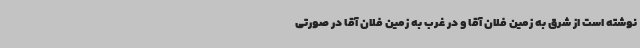
نوشته است از شرق به زمین فلان آقا و در غرب به زمین فلان آقا در صورتی